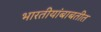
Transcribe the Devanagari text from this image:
भारतीयांबाबतीत